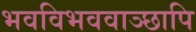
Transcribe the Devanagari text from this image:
भवविभववाञ्छापि